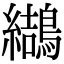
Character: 𪆋